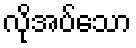
လိုအပ်သော